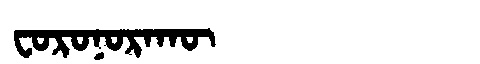
Manchu: ᠸᠣᡵᠣᠨᠣᡵᠠᡴᡡ
Romanization: FORONORAKŪ